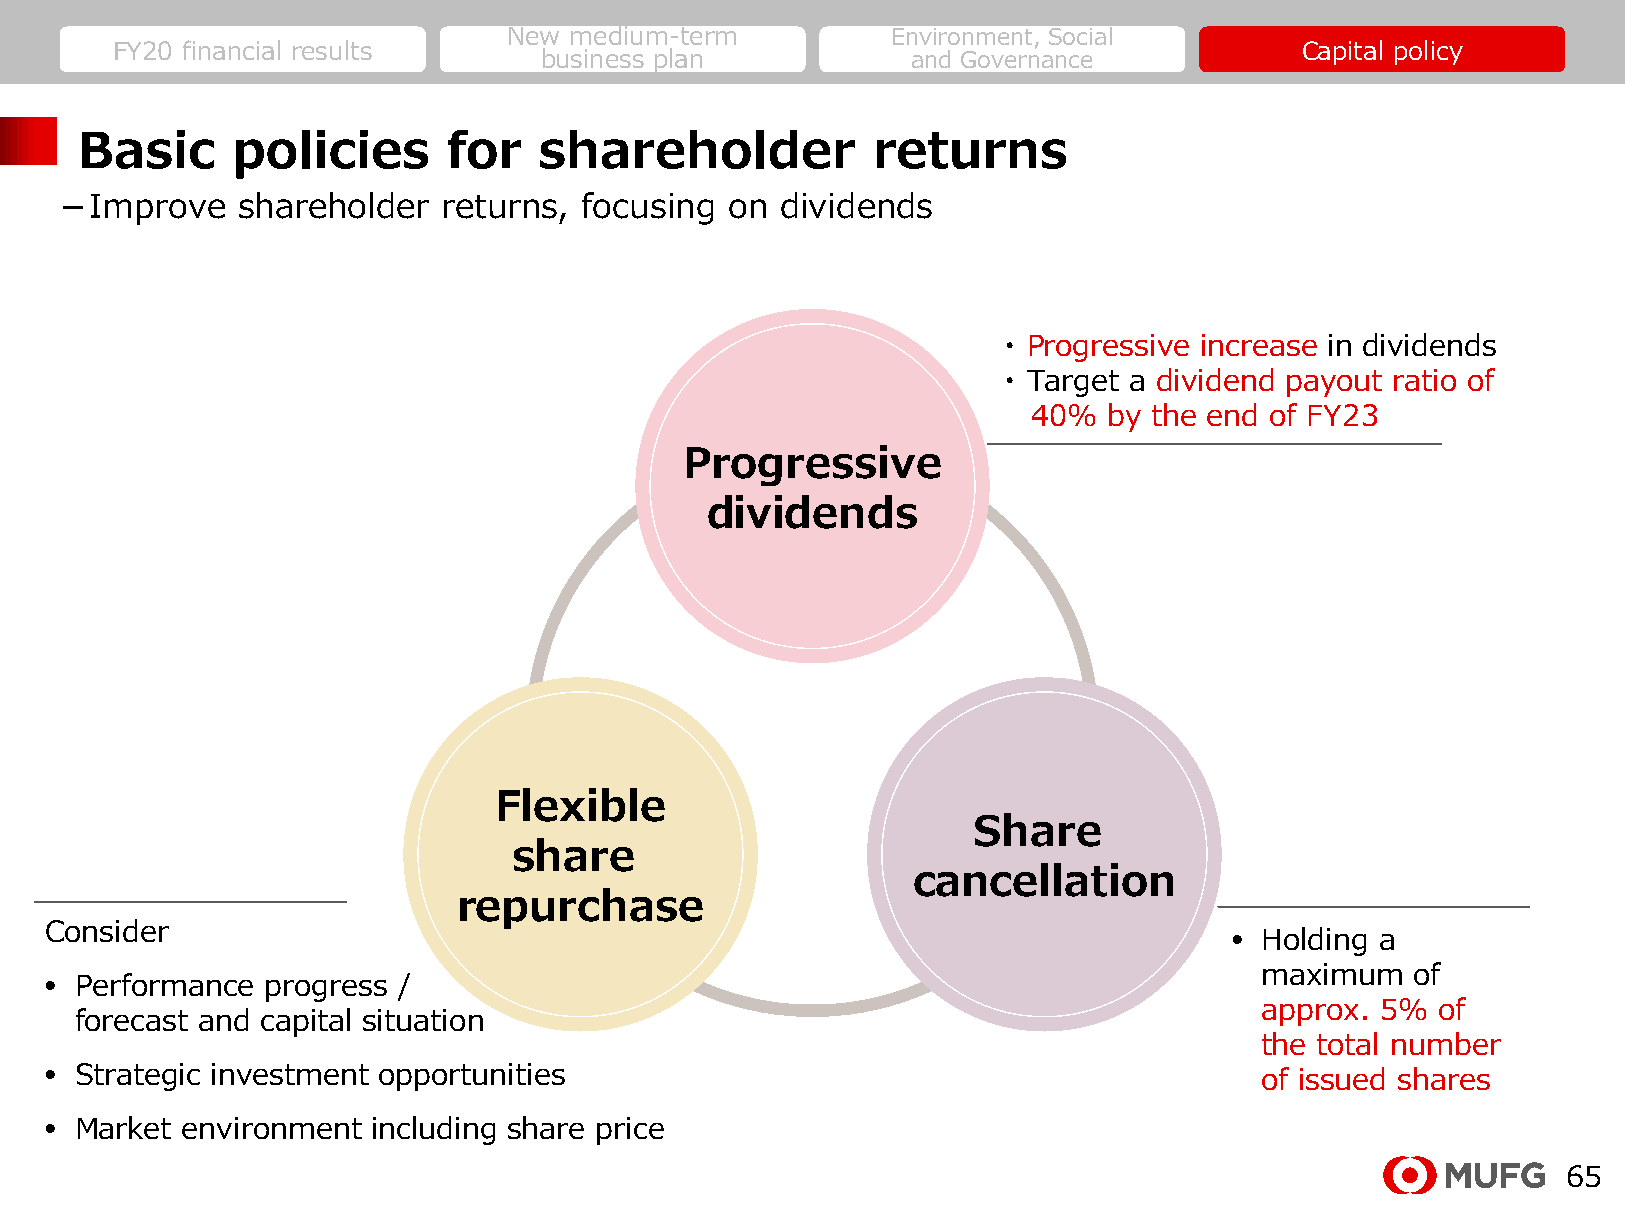
New medium-term          Environment, Social
 FY20 financial results                                                         Capital policy
 business plan           and Governance
 Basic     policies       for   shareholder           returns
 －Improve    shareholder  returns,  focusing on  dividends
 ・ Progressive increase in dividends
 ・ Target a dividend payout ratio of
 40%  by the end of FY23
 Progressive
 dividends
 Flexible
 Share
 share
 cancellation
 repurchase
 Consider                                                                       • Holding a
 maximum   of
 • Performance  progress /
 approx. 5% of
 forecast and capital situation
 the total number
 • Strategic investment opportunities                                             of issued shares
 • Market environment  including share price
 65